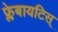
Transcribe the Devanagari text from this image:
फ्लेबायटिस्